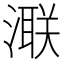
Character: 𣾍